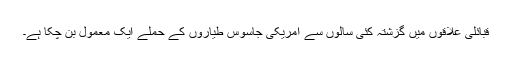
قبائلی علاقوں میں گزشتہ کئی سالوں سے امریکی جاسوس طیاروں کے حملے ایک معمول بن چکا ہے۔